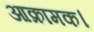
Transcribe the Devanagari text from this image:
आक्रामक।